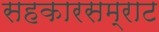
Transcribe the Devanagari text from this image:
सहकारसम्राट